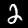
Label: 2